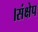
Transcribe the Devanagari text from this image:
।संक्षेप